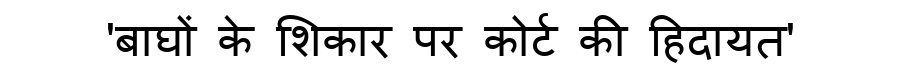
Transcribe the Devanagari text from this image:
'बाघों के शिकार पर कोर्ट की हिदायत'